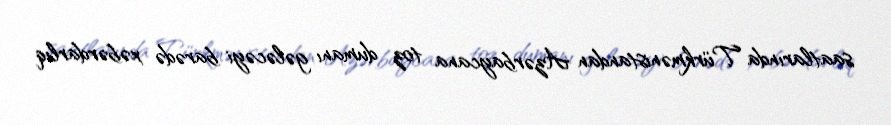
saatlarında Türkmənistandan Azərbaycana toz dumanı gələcəyi barədə xəbərdarlıq